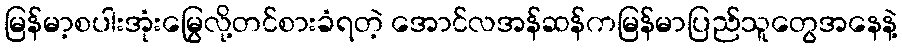
မြန်မာ့စပါးအုံးမြွေလို့တင်စားခံရတဲ့ အောင်လအန်ဆန်ကမြန်မာပြည်သူတွေအနေနဲ့